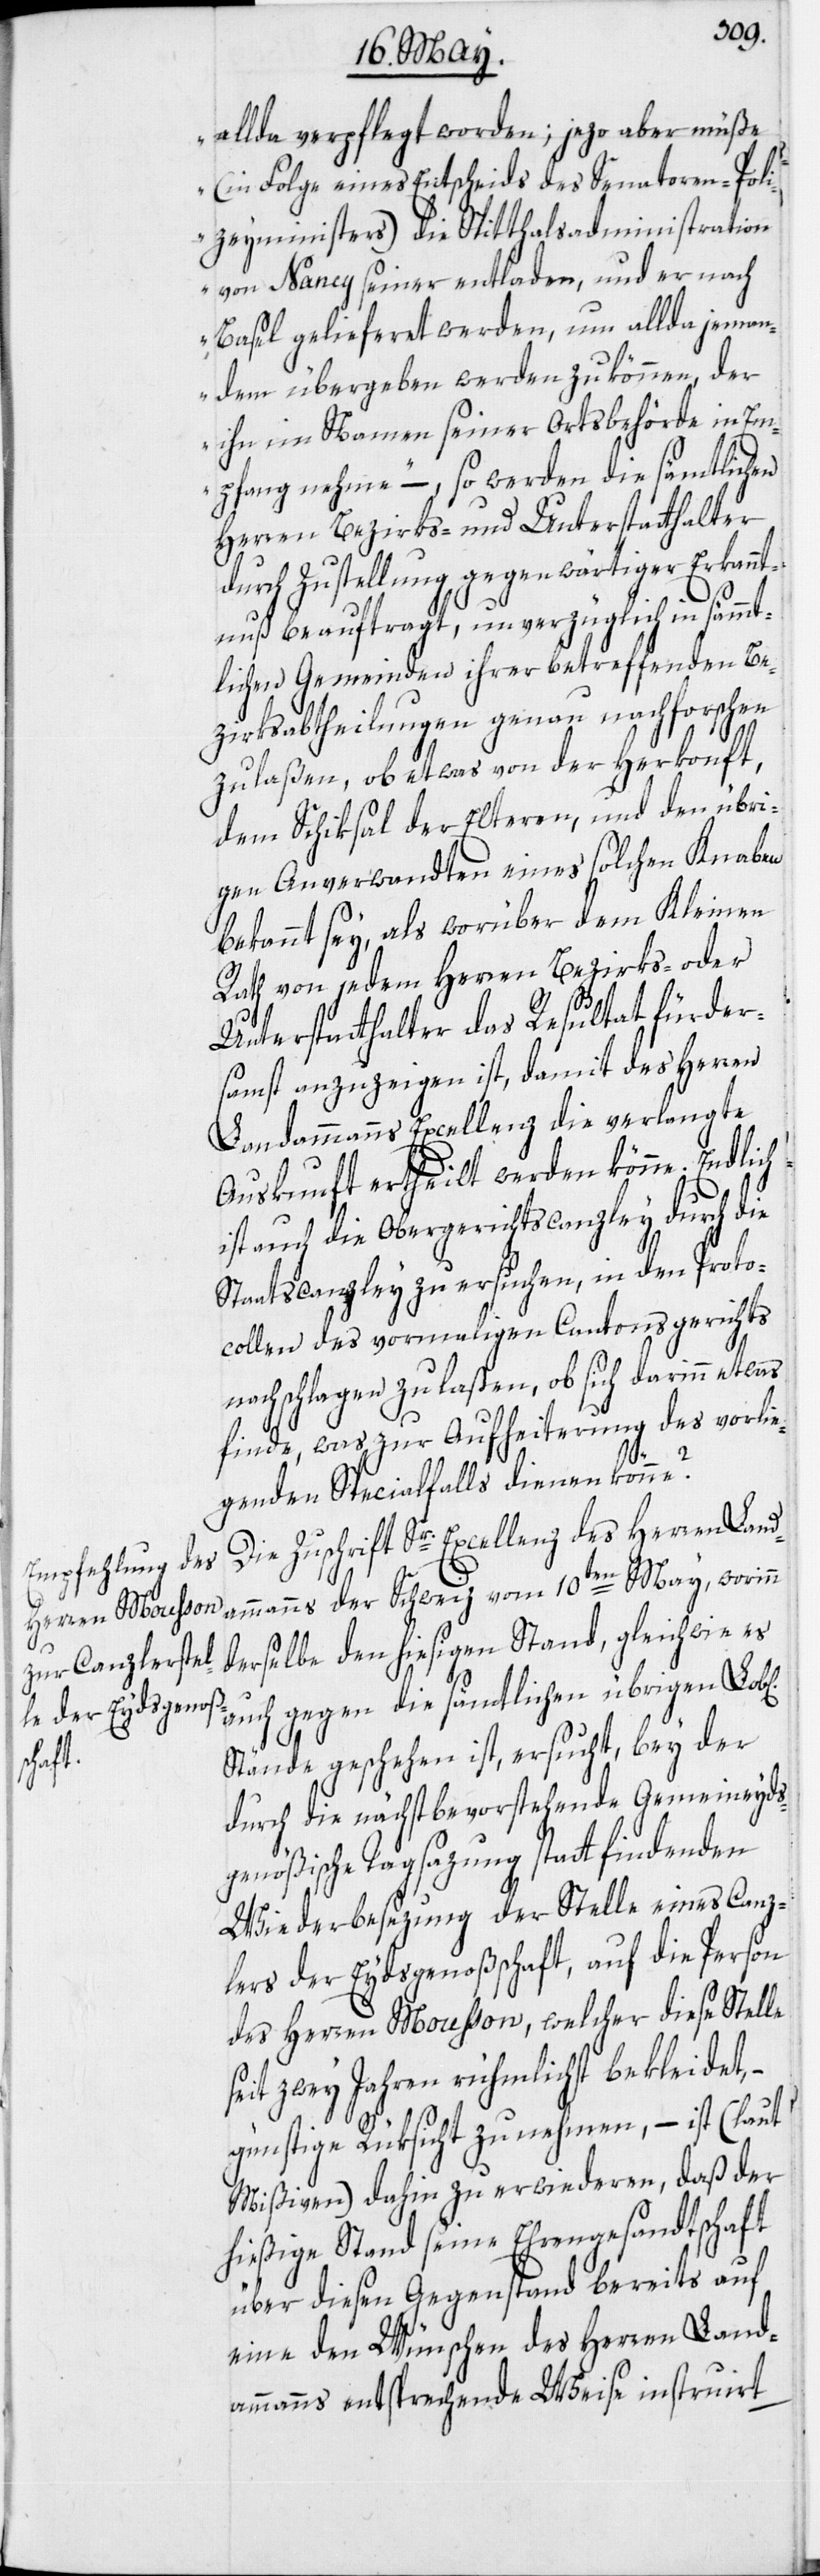
allda verpflegt worden; jezo aber müße
(in Folge eines Entscheids des Senatoren-Poli¬
zeyministers) die Spitthalsadministration
von Nancy seiner entladen, und er nach
Basel gelieferet werden, um allda jema¬
ndem übergeben werden zu können, der
ihn im Namen seiner Ortsbehörde in Em¬
pfang nehme“ –, so werden die sämtlichen
Herren Bezirks- und Unterstatthalter
durch Zustellung gegenwärtiger Erkan¬
ntnuß beauftragt, unverzüglich in sämmt¬
lichen Gemeinden ihrer betreffenden Be¬
zirksabtheilungen genau nachforschen
zu laßen, ob etwas von der Herkonft,
dem Schiksal der Elteren, und den übri¬
gen Anverwandten eines solchen Knaben
bekannt sey, als worüber dem Kleinen
Rath von jedem Herren Bezirks- oder
Unterstatthalter das Resultat fürder¬
samst anzuzeigen ist, damit des Herren
Landammanns Excellenz die verlangte
Auskunft ertheilt werden könne. Endlich
ist auch die Obergerichtscanzley durch die
Staatscanzley zu ersuchen, in den Proto¬
collen des vormaligen Cantonsgerichts
nachschlagen zu laßen, ob sich darinn etwas
finde, was zur Aufheiterung des vorlie¬
genden Specialfalls dienen könne?
Die Zuschrift Sr. Excellenz des Herren Land¬
ammanns der Schweiz vom 10ten May, worinn
derselbe den hiesigen Stand, gleichwie es
auch gegen die sämtlichen übrigen
Stände geschehen ist, ersucht, bey der
durch die nächstbevorstehende Gemeineyds¬
genößische Tagsazung statt findenden
Wiederbesezung der Stelle eines Canz¬
lers der Eydsgenoßschaft, auf die Person
des Herren Mousson, welcher diese Stelle
seit zwey Jahren rühmlichst bekleidet, –
günstige Rüksicht zu nehmen, – ist (laut
Mißiven) dahin zu erwiederen, daß der
hießige Stand seine Ehrengesandtschaft
über diesen Gegenstand bereits auf
eine den Wünschen des Herren Land¬
ammanns entsprechende Weise instruirt